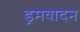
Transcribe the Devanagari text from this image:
ड्रमवादन